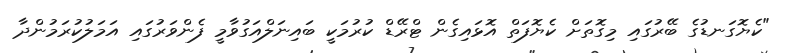
"ކެޔޮގަނޑުގެ ބޭރުގައި މިގޮތަށް ކެޔޮފަތް އޮޅައިގެން ޓްރޭޑް ކުރުމަކީ ބައިނަލްއަގުވާމީ ފެންވަރުގައި އަމަލުކުރަމުންދާ